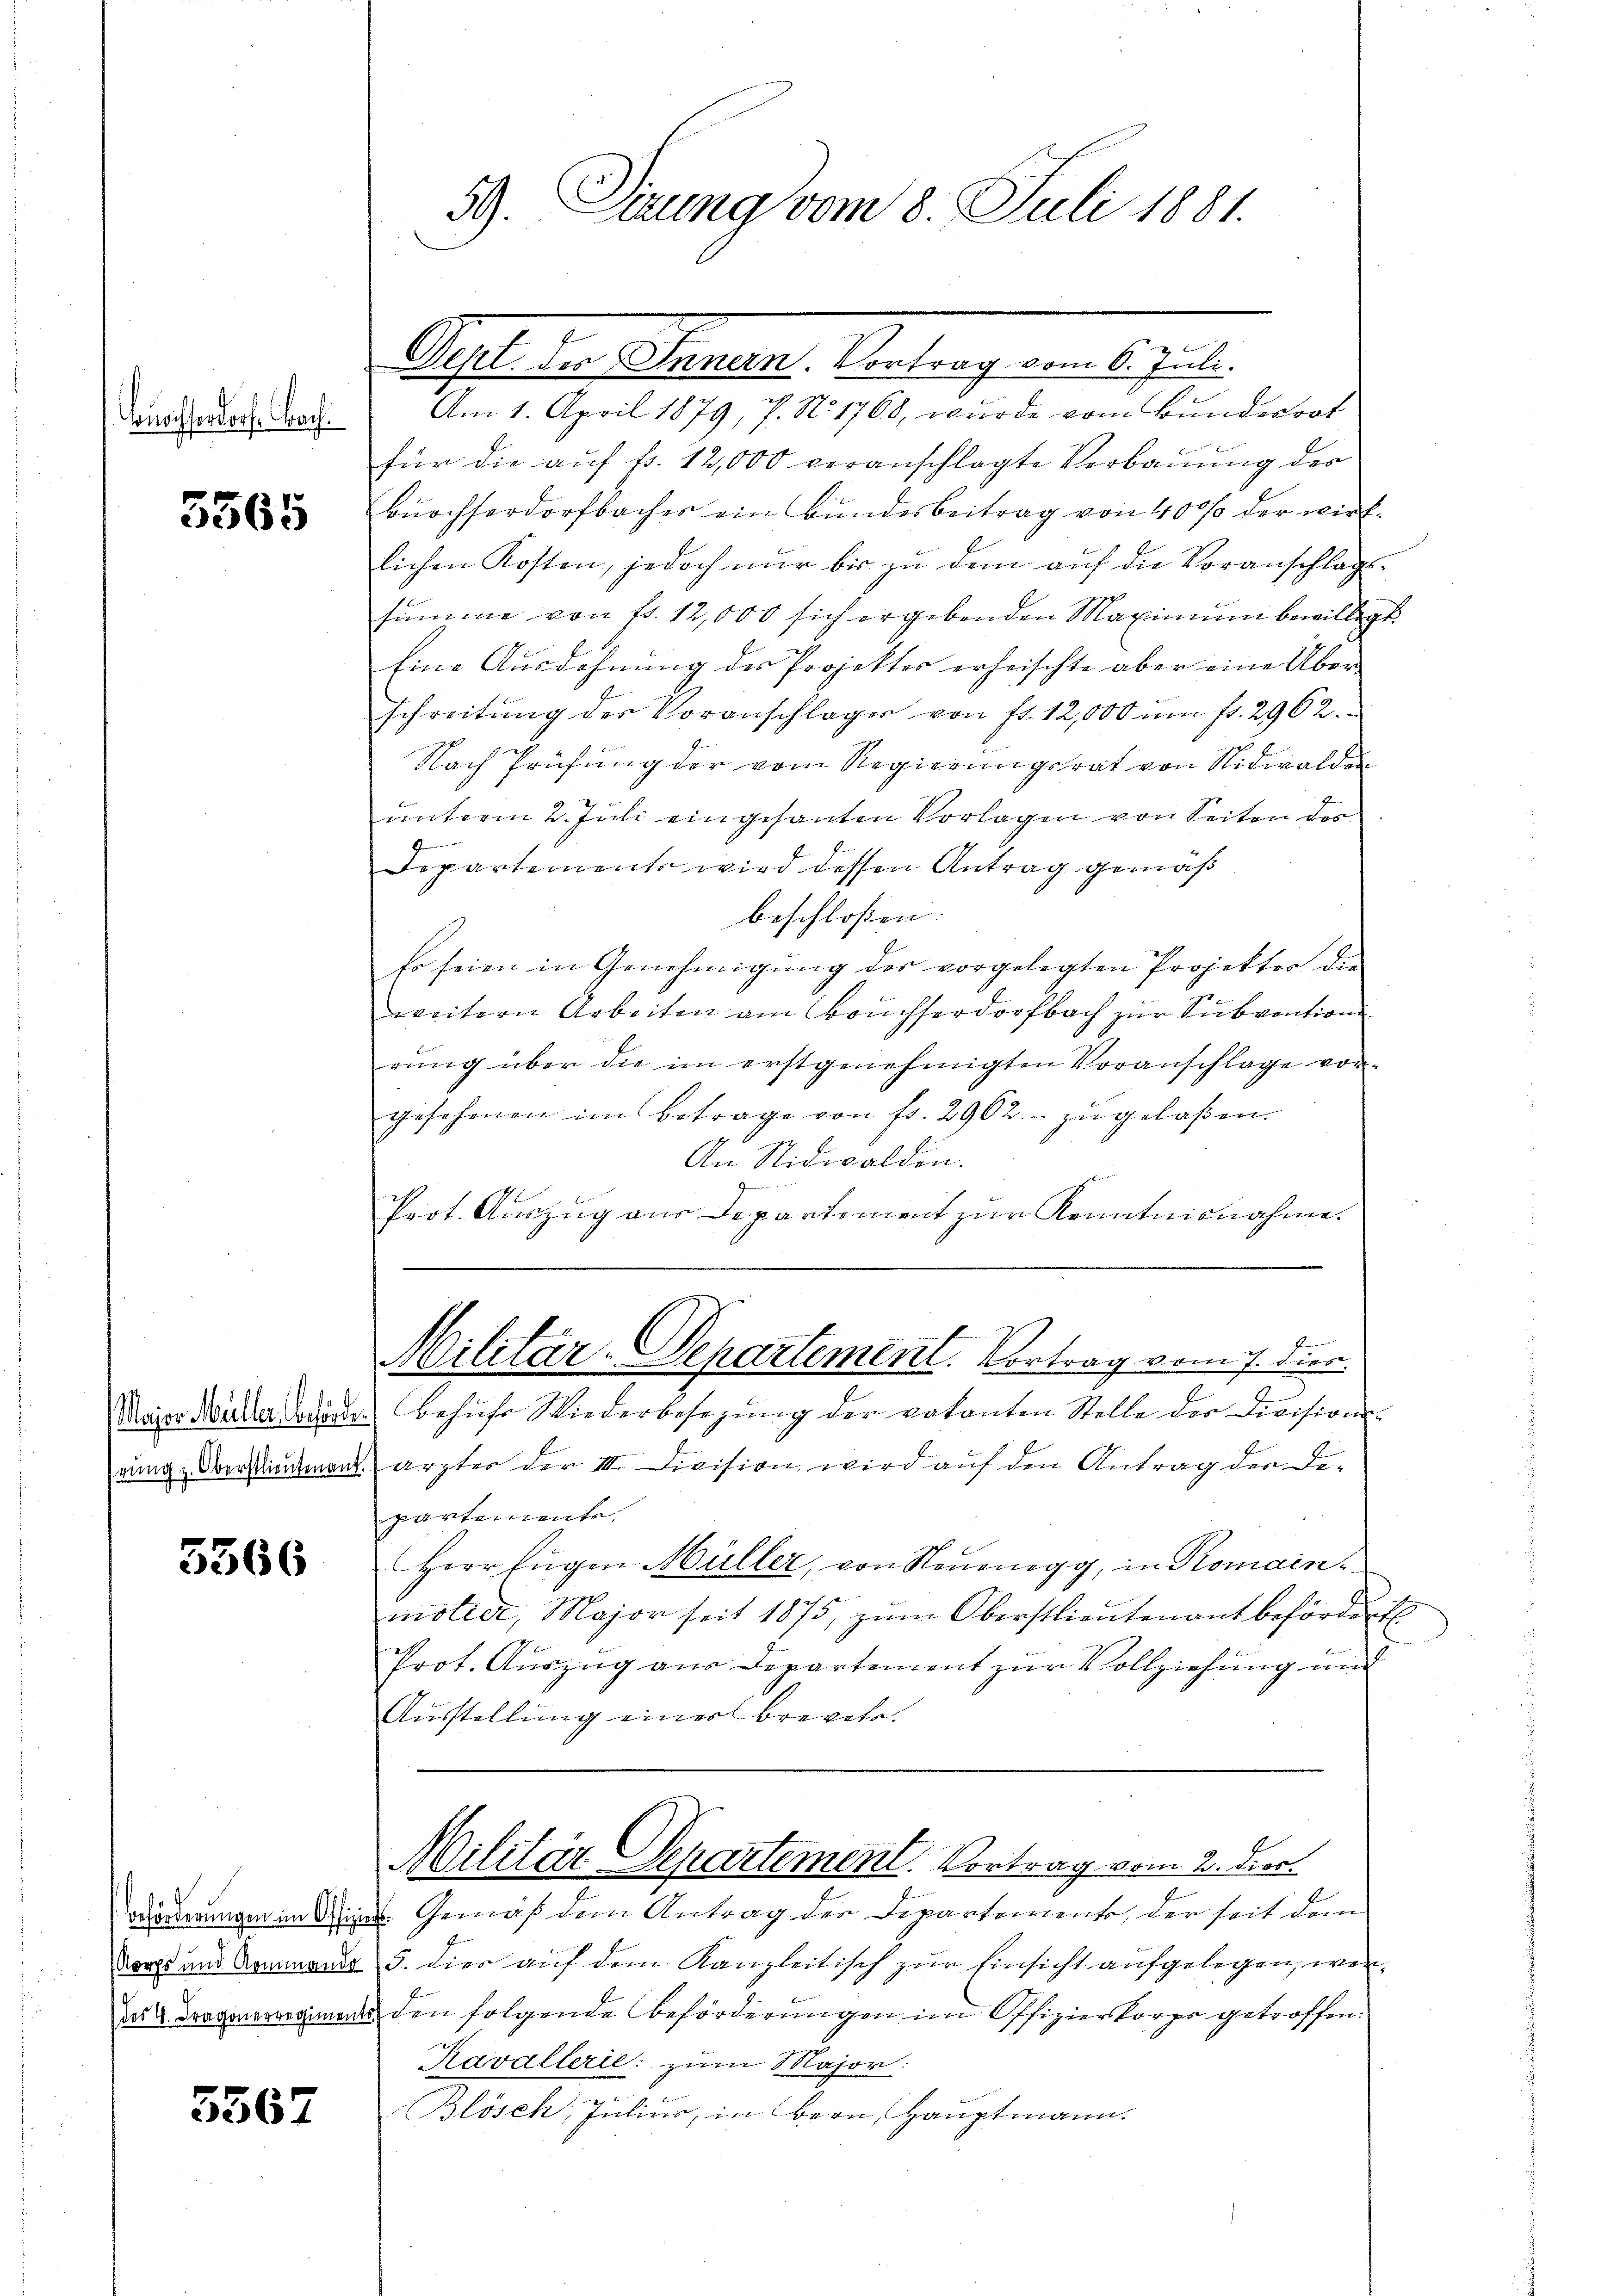
Buochherdorf, Bach

5365

5566

3567

Kahl der Stattet. Antrag vom 1. Juli
Am 1. April 1879, 7. N. 1768, wurde vom Bundesrat
für die aŭf fr. 12,000 veranschlagte Verbauung der
Buochserdorfbacher ein Bundesbeitrag von 400 % der wirklichen Kosten, jedoch nŭr bis zŭ dem aŭf die Voranschlags-
summe von fr. 12,000 sich ergebenden Maximum bewilligt.
Eine Ausdehnung des Projekter erheischte aber eine Überschreitung der Voranschläger von fr. 12,000 um fr. 2962.
Nach Prüfung der vom Regierungsrat von Nidwalde
unterm 2. Juli eingesanten Vorlagen von Seiten des
Departements wird dessen Antrag gemäß
beschloßen:
Es seien in Genehmigŭng der vorgelegten Projekter die
weitern Arbeiten am Bruchserdorfbach zur Subvention
rung über die im erstgenehmigten Voranschlage vorgesehenen im Betrage von fr. 2962.- zŭ gelaßen.
An Nidwalden.
ge
Prot. Auszug aus Departement zur Kenntnisnahme.

Maier Müller den befuhr Wiederbesezung der votanten Stelle der Division
rung, Oberstimment ärztes der III. Division wird auf den Antrag der Departemente,
Herr fügen Müller, von Neuenegg, in Romain
motier, Major seit 1875, zŭm Oberstlieutenant befördert.
Prot. Aŭszŭg aŭs Departement zŭr Vollziehŭng ŭn
Ausstellung einer brevete.

59. Sirung vom 8. Juli 1881.

J
Militär-Departement. Vortrag vom 7. dies

arderungen im St. Gemäß dem Antrag der Departent, der seit dem
Vorge und Kommandes 5. dies auf dem Kanzleitisch zur Einsicht aufgelegen, wends 2. Dragonerregiments den folgende beförderungen im Offizierskorps getroffen.
Kavallerie: zum Major:
Blösch, Julius, in Bern, Hauptmann.

Militär Separtement. Vortrag vom 2. dies